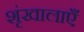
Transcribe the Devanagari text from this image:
शृंखालाएँ